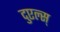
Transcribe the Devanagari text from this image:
दुएल्स्